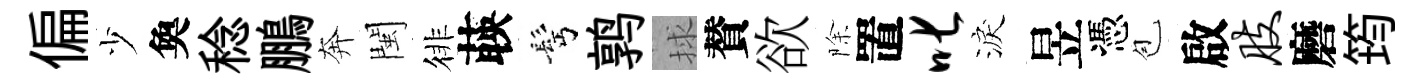
偏少奐稔鵬奔閩徘𦴤髩鹑捄賛欲除置叱淚昱憑苞啟肢磨筠